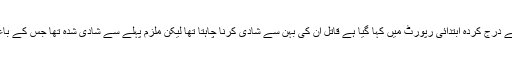
مقتولہ کے بھائی عرفان کی طرف سے درج کردہ ابتدائی رپورٹ میں کہا گیا ہے قاتل ان کی بہن سے شادی کرنا چاہتا تھا لیکن ملزم پہلے سے شادی شدہ تھا جس کے باعث رشتہ دینے سے انکار کیا گیا تھا۔